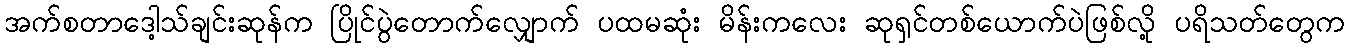
အက်စတာဒေါ့သ်ချင်းဆုန်က ပြိုင်ပွဲတောက်လျှောက် ပထမဆုံး မိန်းကလေး ဆုရှင်တစ်ယောက်ပဲဖြစ်လို့ ပရိသတ်တွေက